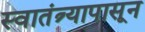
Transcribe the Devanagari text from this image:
स्वातंत्र्यापासून